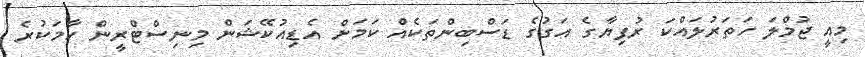
މިއީ ޖުމްލަ ހަތަރުލައްކަ ރުފިޔާގެ އަގުގެ ޑަސްބިންތަކެއް ކަމަށް އެޑިއުކޭޝަން މިނިސްޓްރީން ހާމަކުރެ